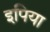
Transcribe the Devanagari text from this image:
इपिया